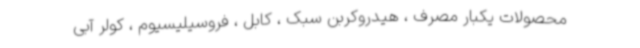
محصولات یکبار مصرف ، هیدروکربن سبک ، کابل ، فروسیلیسیوم ، کولر آبی